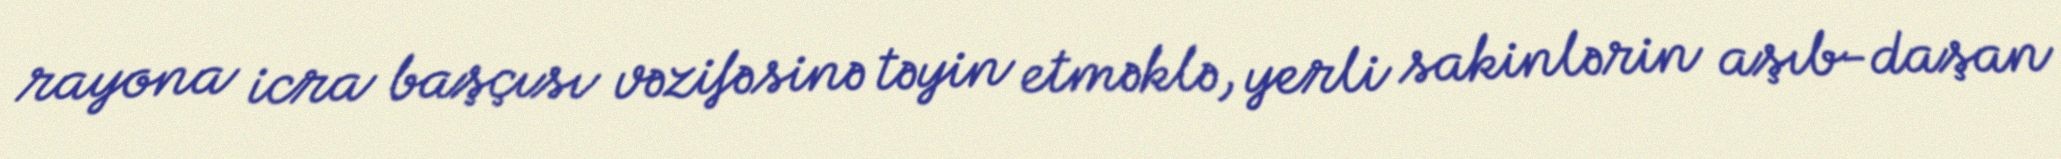
rayona icra başçısı vəzifəsinə təyin etməklə, yerli sakinlərin aşıb-daşan